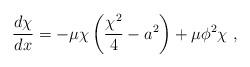
LaTeX: \begin{align*}\frac{d\chi}{dx} =- \mu\chi\left(\frac{\chi^2}{4} -a^2\right) + \mu\phi^2\chi ~,\end{align*}